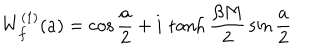
W _ { f } ^ { ( 1 ) } ( a ) = \cos { \frac { a } { 2 } } + i \, \tanh { \frac { \beta M } { 2 } } \sin { \frac { a } { 2 } }